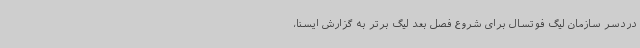
دردسر سازمان لیگ فوتسال برای شروع فصل بعد لیگ برتر به گزارش ایسنا،